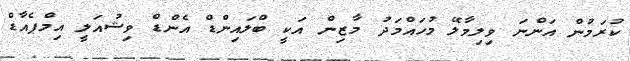
ކުރަމުން އަންނަ ވިލިމާލޭ މުހައްމަދު މާޒިން އަކީ ބްލައިންޑް އެންޑް ވިޝުއަލީ އިމްޕެއާޑް